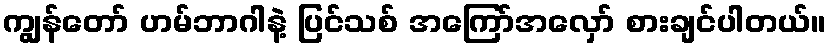
ကျွန်တော် ဟမ်ဘာဂါနဲ့ ပြင်သစ် အကြော်အလှော် စားချင်ပါတယ်။